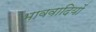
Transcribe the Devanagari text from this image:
भाववादियों